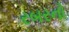
રબરનો